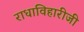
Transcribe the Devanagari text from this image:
राधाविहारीजी